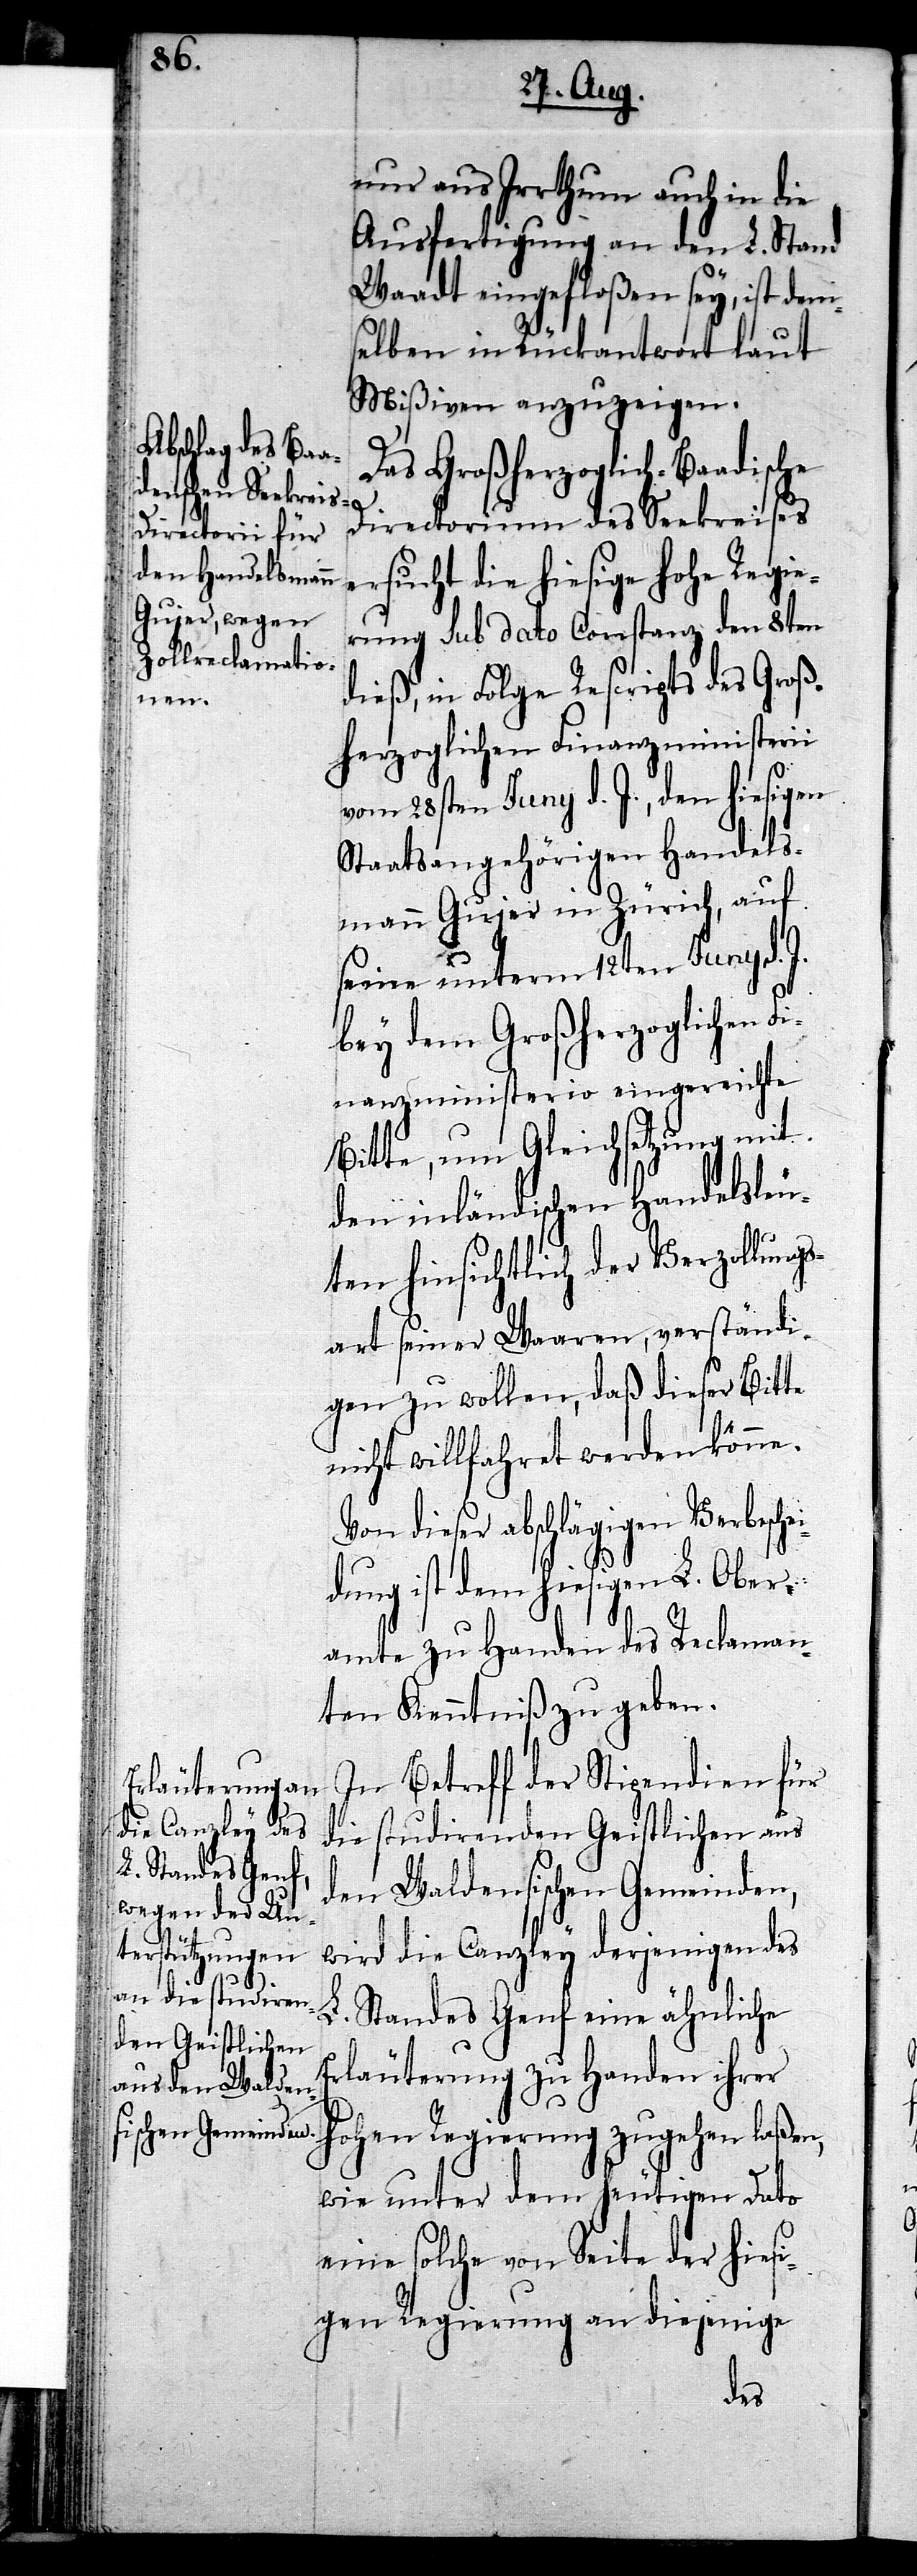
nur aus Irrthum auch in die
Ausfertigung an den L. Stand
Waadt eingefloßen sey, ist dem¬
selben in Rückantwort laut
Mißiven anzuzeigen.
Das Großherzoglich-Baadische
Directorium des Seekreises
ersucht die hiesige hohe Regie¬
rung sub dato Constanz den 8ten
dieß, in Folge Rescripts des Groß¬
herzoglichen Finanzministerii
vom 28sten Juny d. J., den hiesigen
Staatsangehörigen Handels¬
mann Gujer in Zürich, auf
seine unterm 12ten Juny d. J.
bey dem Großherzoglichen F¬
inanzministerio eingereichte
Bitte, um Gleichsetzung mit
den inländischen Handelsleu¬
ten hinsichtlich der Verzollungs¬
art seiner Waaren, verständi¬
gen zu wollen, daß dieser Bitte
nicht willfahret werden könne.
Von dieser abschlägigen Verbschei¬
dung ist dem hiesigen L. Ober¬
amte zu Handen des Reclaman¬
ten Kenntniß zu geben.
In Betreff der Stipendien für
die studirenden Geistlichen aus
den Waldensischen Gemeinden,
wird die Canzley derjenigen des
L. Standes Genf eine ähnliche
Erläuterung zu Handen ihrer
hohen Regierung zugehen laßen,
wie unter dem heutigen Dato
eine solche von Seite der hiesi¬
gen Regierung an diejenige